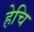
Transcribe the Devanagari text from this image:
हेचि